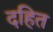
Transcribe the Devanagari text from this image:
दहित